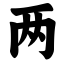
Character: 两